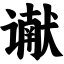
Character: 谳